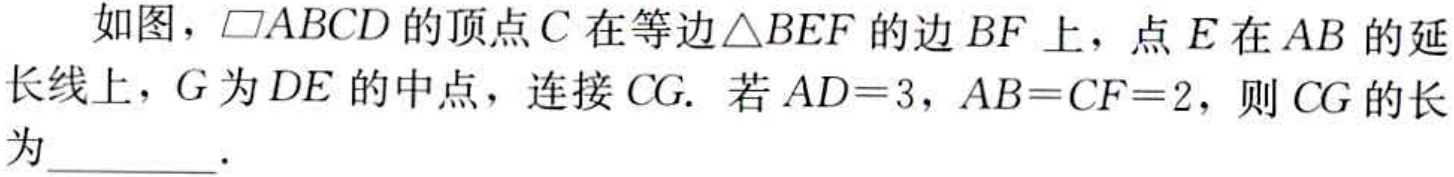
如图，$\square ABCD$的顶点$C$在等边$\triangle BEF$的边$BF$上，点$E$在$AB$的延长线上，$G$为$DE$的中点，连接$CG.$若$AD = 3$，$AB = CF = 2$，则$CG$的长为_________．